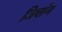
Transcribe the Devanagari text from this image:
जिचांग